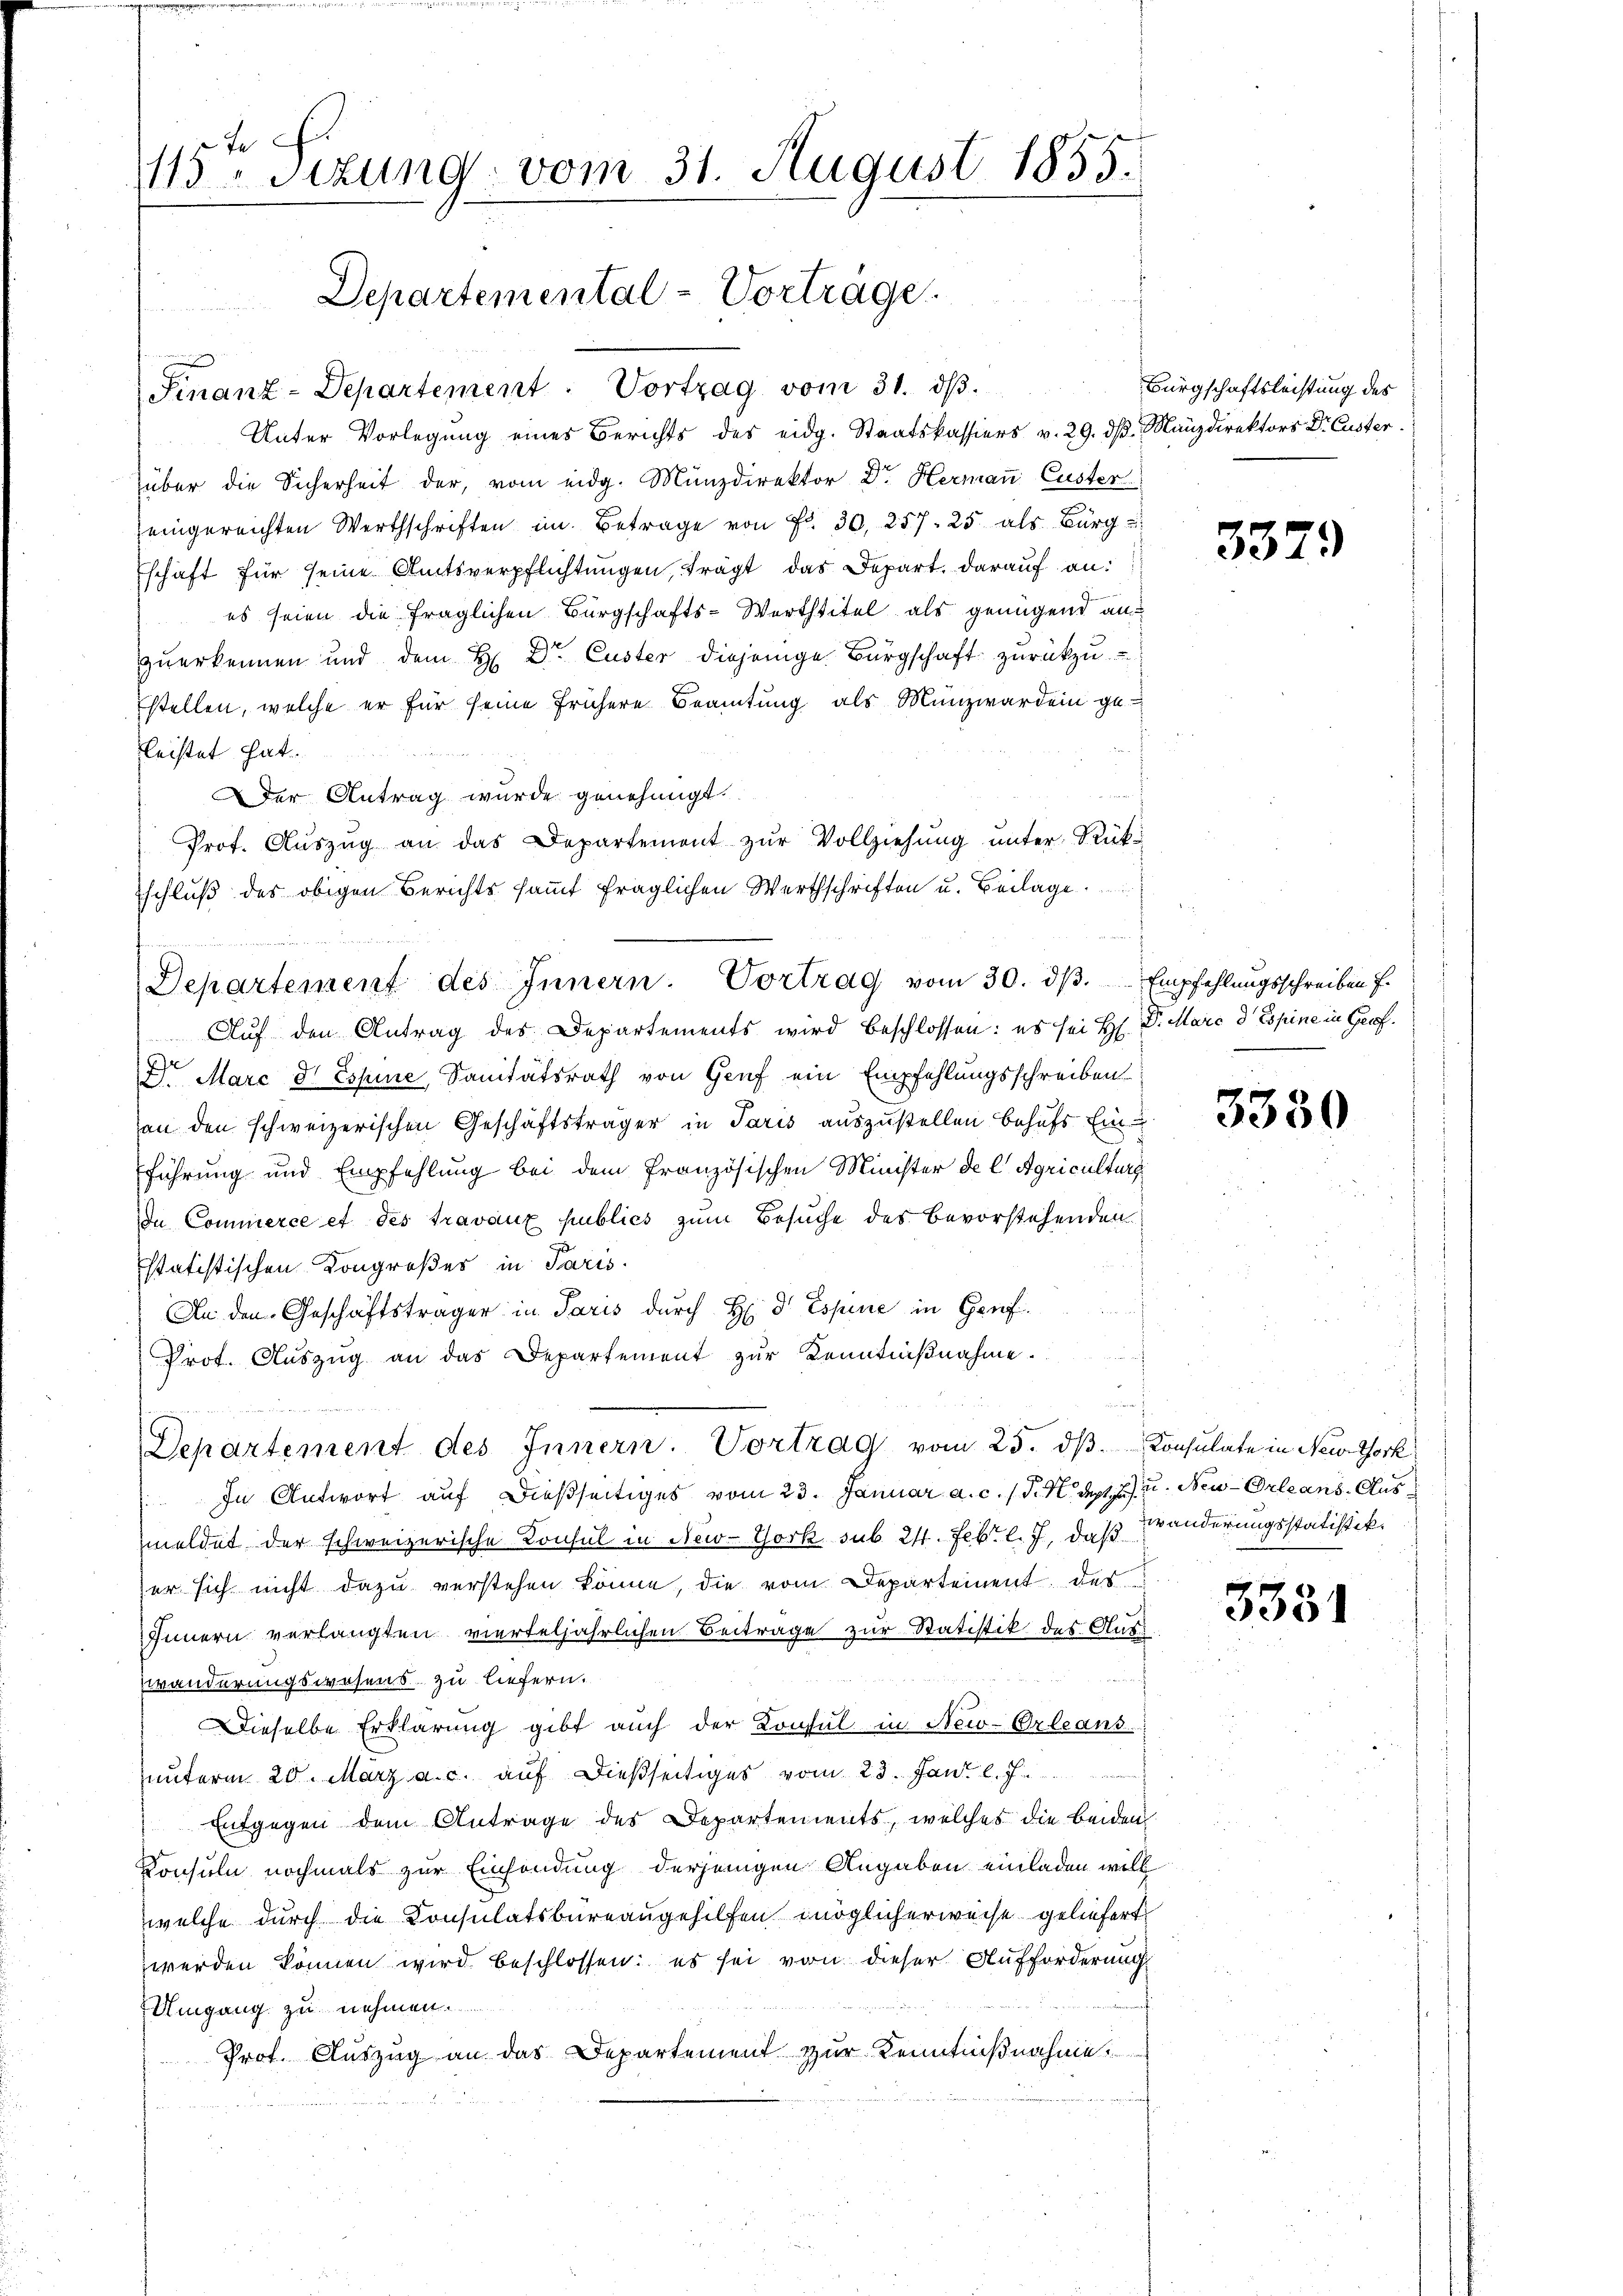
e
115 Sizung vom 31. August 1855.

Finanz-Departement. Vortrag vom 31. ds.
Unter Vorlegung eines Berichts des eidg. Staatskassiers v. 29. dβ. Manzdirektors Dr. Custer.
über die Sicherheit der, vom eidg. Münzdirektor Dr. Hermaṅ Custer
Zeingereichten Werthschriften im Betrage von Fr. 30, 257. 25 als Bürg
Eschaft für seine Amtsverpflichtungen, trägt das Depart. darauf an:
es seien die fraglichen Bürgschafts-Werttitel als genügend an
zuerkennen und dem H. Dr. Custer diejenige Bürgschaft zurückzu-
stellen, welche er für seine frühere Beamtung als Münzwar dein geleistet hat.
Der Antrag wurde genehmigt.
Prof. Aŭszŭg an das Departement zŭr Vollziehung unter Rükschluß des obigen Berichts sammt fraglichen Werthschriften u. Beilage
Auf den Antrag des Departements wird beschlossen: es sei H. Dr. Marc d Espine in Grof¬
Dr Marc d Espine, Sanitätsrath von Genf ein Empfehlungsschreiben
an den schweizerischen Geschäftsträger in Paris auszustellen behufs Ein
führung und Empfehlung bei dem französischen Minister de l. Agriculturg
In Commerce et des travaux publics zum Besuche des Bevorstehenden
statistischen Kongroßer in Paris.
An den Geschäftsträger in Paris durch H: Dr Esperie in Genf.
Prot. Aŭszŭg an das Departement zŭr Kenntniβnahme.
ich
Departement des Innern. Vortrag vom 25. dβ. Consulate in New York
In Antwort auf dießseitiges vom 23. Januar a. c. 1 d. M. d. 2. Neu-Orleans. Ausmeldet der schweizerische Konsul in New-York sub. 21. Febr. l. 7, daß Wänderungsstatistik.
er sich nicht dazu verstehen könne, die vom Departement des
Innern verlangten vierteljährlichen Beitrage zur Statistik des Auswänderungswesens zu liefern.
Dieselbe Erklärung gibt auch der Konsul in New-Orleans
unterm 20. März a. c. auf dießseitiges vom 23. Jan. l. J.
Entgegen dem Antrage des Departements, welches die beiden
Konsuln nochmals zur Einsendung derjenigen Angaben einladen will
welche durch die Konsulatsbureaugehilfen möglicherweise geliefert
werden können wird beschlossen: es sei von dieser Aufforderung
Umgang zu nehmen.
Prof. Auszug an das Departement zur Kenntnißnahme.

u

Departemental-Vorträge.

Departement des Innern. Vortrag vom 30. dβ. Empfehlungsschreiben f.

Bürgschaftsleistung des

3379

3330

3381